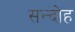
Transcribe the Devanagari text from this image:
सन्दोह